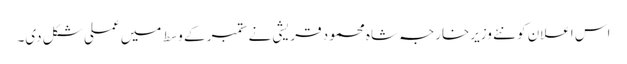
اس اعلان کو نئے وزیرخارجہ شاہ محمود قریشی نے ستمبر کے وسط میں عملی شکل دی۔